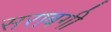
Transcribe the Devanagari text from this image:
सराबगी